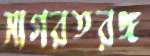
সাগরতরঙ্গ